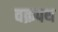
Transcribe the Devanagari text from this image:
वक्रपथ